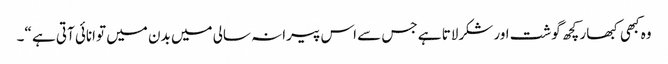
وہ کبھی کبھار کچھ گوشت اور شکرلاتا ہے جس سے اس پیرانہ سالی میں بدن میں توانائی آتی ہے “۔